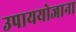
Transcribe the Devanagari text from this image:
उपाययोजाना